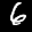
Label: 6